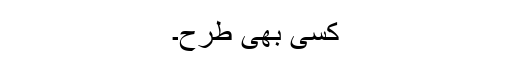
کسی بھی طرح۔